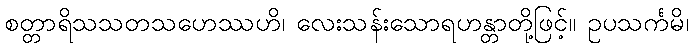
စတ္တာရိသသတသဟေဿဟိ၊ လေးသန်းသောရဟန္တာတို့ဖြင့်။ ဥပသင်္ကမိ၊